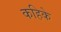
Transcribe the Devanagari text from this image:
कहिके